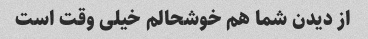
از دیدن شما هم خوشحالم خیلی وقت است